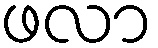
ဖလာ